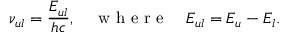
\nu _ { u l } = \frac { E _ { u l } } { h c } , \quad \mathrm { ~ w ~ h ~ e ~ r ~ e ~ } \quad E _ { u l } = E _ { u } - E _ { l } .